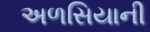
અળસિયાની